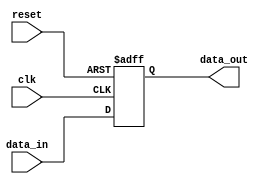
module ParameterizedRegister #(
    parameter WIDTH = 8  // Default width is 8 bits
)(
    input wire clk,         // Clock signal
    input wire reset,       // Asynchronous reset signal
    input wire [WIDTH-1:0] data_in, // Input data
    output reg [WIDTH-1:0] data_out   // Output data
);

// Synchronous process for capturing data
always @(posedge clk or posedge reset) begin
    if (reset) begin
        // Asynchronous reset: clear the register
        data_out <= {WIDTH{1'b0}}; // Set to 0
    end else begin
        // Capture input data on the rising edge of the clock
        data_out <= data_in;
    end
end

endmodule